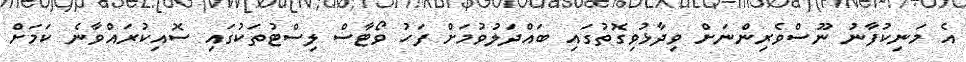
އެ މަނިކުފާނު ނޫސްވެރިންނަށް ވިދާޅުވިގޮތުގައި ބައްދަލުވުމަށް ފަހު ވޯޓާސް ލިސްޓުތަކުގައި ސޮއިކުރައްވާނެ ކަމަށް